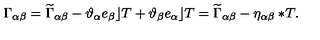
\Gamma _ { \alpha \beta } = \widetilde { \Gamma } _ { \alpha \beta } - \vartheta _ { \alpha } e _ { \beta } \rfloor T + \vartheta _ { \beta } e _ { \alpha } \rfloor T = \widetilde { \Gamma } _ { \alpha \beta } - \eta _ { \alpha \beta } \ast \! T .